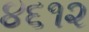
૪૬૧૨